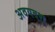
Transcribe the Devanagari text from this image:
अवयवश्